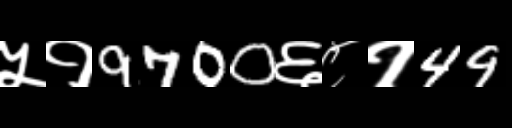
Text: ५१9700६८१49